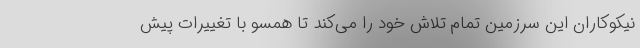
نیکوکاران این سرزمین تمام تلاش خود را می‌کند تا همسو با تغییرات پیش